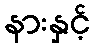
နားနှင့်